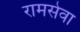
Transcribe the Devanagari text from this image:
रामसेवा